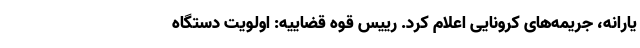
یارانه، جریمه‌های کرونایی اعلام کرد. رییس قوه قضاییه: اولویت دستگاه